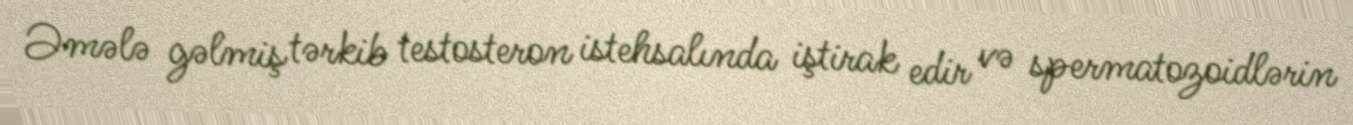
Əmələ gəlmiş tərkib testosteron istehsalında iştirak edir və spermatozoidlərin